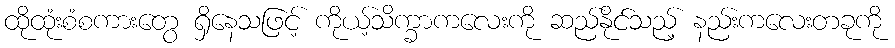
ထိုထုံးစံစကားတွေ ရှိနေသဖြင့် ကိုယ့်သိက္ခာကလေးကို ဆည်နိုင်သည့် နည်းကလေးတခုကို